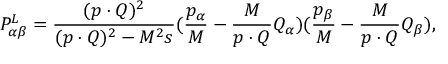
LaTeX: P _ { \alpha \beta } ^ { L } = \frac { ( p \cdot Q ) ^ { 2 } } { ( p \cdot Q ) ^ { 2 } - M ^ { 2 } s } ( \frac { p _ { \alpha } } { M } - \frac { M } { p \cdot Q } Q _ { \alpha } ) ( \frac { p _ { \beta } } { M } - \frac { M } { p \cdot Q } Q _ { \beta } ) ,